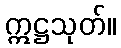
ဣဋ္ဌသုတ်။